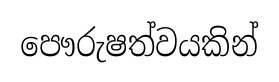
පෞරුෂත්වයකින්